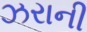
ઝરાની